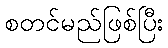
စတင်မည်ဖြစ်ပြီး